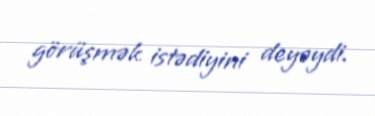
görüşmək istədiyini deyəydi.